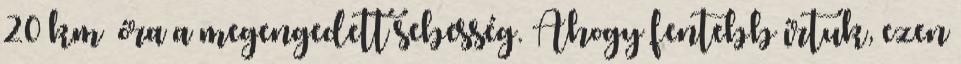
20 km óra a megengedett sebesség. Ahogy fentebb írtuk, ezen